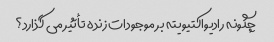
چگونه رادیواکتیویته بر موجودات زنده تأثیر می گذارد؟